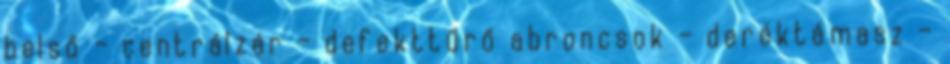
belső – centrálzár – defekttűrő abroncsok – deréktámasz –